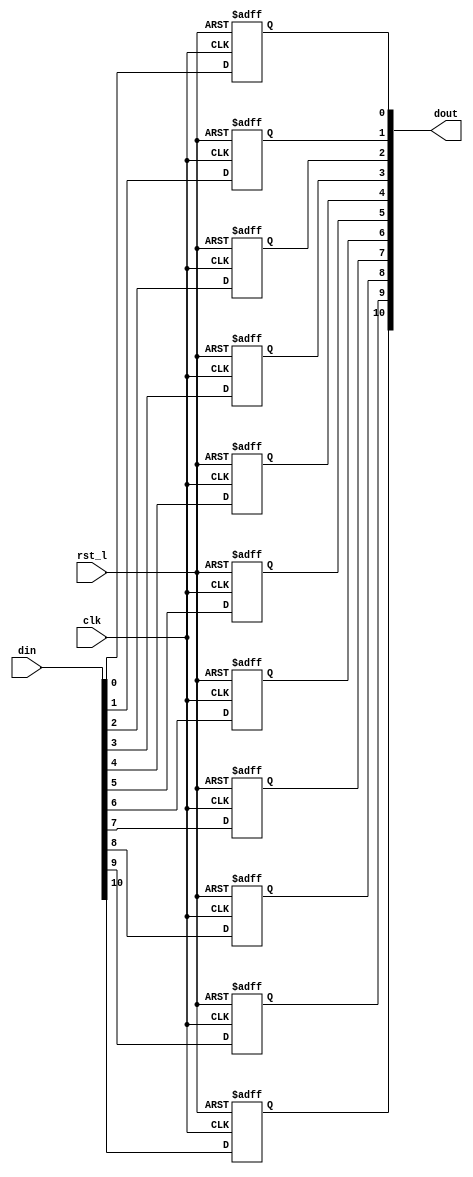
// This program was cloned from: https://github.com/NYU-MLDA/OpenABC
// License: BSD 3-Clause "New" or "Revised" License

module rvdff_WIDTH11
(
  din,
  clk,
  rst_l,
  dout
);

  input [10:0] din;
  output [10:0] dout;
  input clk;
  input rst_l;
  wire N0;
  reg [10:0] dout;

  always @(posedge clk or posedge N0) begin
    if(N0) begin
      dout[10] <= 1'b0;
    end else if(1'b1) begin
      dout[10] <= din[10];
    end
  end


  always @(posedge clk or posedge N0) begin
    if(N0) begin
      dout[9] <= 1'b0;
    end else if(1'b1) begin
      dout[9] <= din[9];
    end
  end


  always @(posedge clk or posedge N0) begin
    if(N0) begin
      dout[8] <= 1'b0;
    end else if(1'b1) begin
      dout[8] <= din[8];
    end
  end


  always @(posedge clk or posedge N0) begin
    if(N0) begin
      dout[7] <= 1'b0;
    end else if(1'b1) begin
      dout[7] <= din[7];
    end
  end


  always @(posedge clk or posedge N0) begin
    if(N0) begin
      dout[6] <= 1'b0;
    end else if(1'b1) begin
      dout[6] <= din[6];
    end
  end


  always @(posedge clk or posedge N0) begin
    if(N0) begin
      dout[5] <= 1'b0;
    end else if(1'b1) begin
      dout[5] <= din[5];
    end
  end


  always @(posedge clk or posedge N0) begin
    if(N0) begin
      dout[4] <= 1'b0;
    end else if(1'b1) begin
      dout[4] <= din[4];
    end
  end


  always @(posedge clk or posedge N0) begin
    if(N0) begin
      dout[3] <= 1'b0;
    end else if(1'b1) begin
      dout[3] <= din[3];
    end
  end


  always @(posedge clk or posedge N0) begin
    if(N0) begin
      dout[2] <= 1'b0;
    end else if(1'b1) begin
      dout[2] <= din[2];
    end
  end


  always @(posedge clk or posedge N0) begin
    if(N0) begin
      dout[1] <= 1'b0;
    end else if(1'b1) begin
      dout[1] <= din[1];
    end
  end


  always @(posedge clk or posedge N0) begin
    if(N0) begin
      dout[0] <= 1'b0;
    end else if(1'b1) begin
      dout[0] <= din[0];
    end
  end

  assign N0 = ~rst_l;

endmodule